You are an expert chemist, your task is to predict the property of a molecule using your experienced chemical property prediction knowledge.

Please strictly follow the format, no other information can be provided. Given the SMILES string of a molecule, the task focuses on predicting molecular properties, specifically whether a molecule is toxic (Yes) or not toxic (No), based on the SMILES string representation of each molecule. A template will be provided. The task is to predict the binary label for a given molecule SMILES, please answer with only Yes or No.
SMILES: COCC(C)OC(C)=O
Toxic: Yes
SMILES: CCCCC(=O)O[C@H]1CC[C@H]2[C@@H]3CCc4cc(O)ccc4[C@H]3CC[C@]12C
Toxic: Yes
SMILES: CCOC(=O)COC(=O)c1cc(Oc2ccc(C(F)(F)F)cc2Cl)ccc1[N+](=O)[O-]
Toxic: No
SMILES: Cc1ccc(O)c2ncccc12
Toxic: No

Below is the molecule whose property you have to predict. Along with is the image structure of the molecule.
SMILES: CCCCC(C=O)CC
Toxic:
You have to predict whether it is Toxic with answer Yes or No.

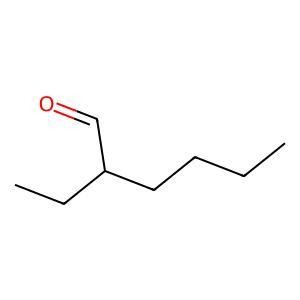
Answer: No